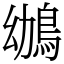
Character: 鴢